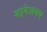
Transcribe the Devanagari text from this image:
शानेअवध